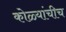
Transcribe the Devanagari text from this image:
कोळ्यांचीच